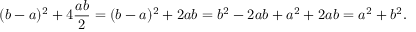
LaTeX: ( b - a ) ^ { 2 } + 4 { \frac { a b } { 2 } } = ( b - a ) ^ { 2 } + 2 a b = b ^ { 2 } - 2 a b + a ^ { 2 } + 2 a b = a ^ { 2 } + b ^ { 2 } .